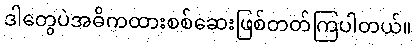
ဒါတွေပဲအဓိကထားစစ်ဆေးဖြစ်တတ်ကြပါတယ်။